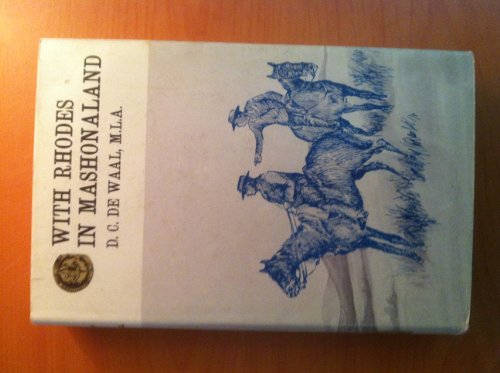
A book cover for Through Matabeleland: The record of a ten months' trip in an ox-waggon through Mashonaland and Matabeleland (Rhodesiana reprint library ; v. 33); Joseph Garbett Wood; Travel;